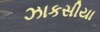
ઝાકસીયા